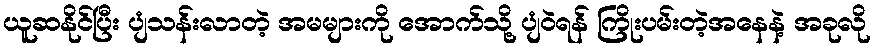
ယူဆနိုင်ပြီး ပျံသန်းလာတဲ့ အမများကို အောက်သို့ ပျံဝဲရန် ကြိုးပမ်းတဲ့အနေနဲ့ အခုလို